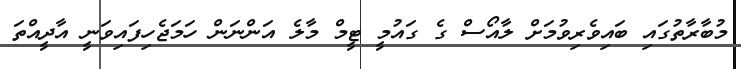
މުބާރާތުގައި ބައިވެރިވުމަށް ލާއޯސް ގެ ގައުމީ ޓީމް މާލެ އަންނަން ހަމަޖެހިފައިވަނީ އާދީއްތަ